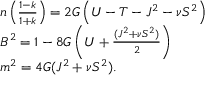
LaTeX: \begin{array} { l l } { { n \left( \frac { 1 - k } { 1 + k } \right) = 2 G \left( U - T - J ^ { 2 } - \nu S ^ { 2 } \right) } } \\ { { B ^ { 2 } = 1 - 8 G \left( U + \frac { ( J ^ { 2 } + \nu S ^ { 2 } ) } { 2 } \right) } } \\ { { m ^ { 2 } = 4 G ( J ^ { 2 } + \nu S ^ { 2 } ) . } } \end{array}